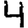
Digit: 4